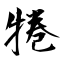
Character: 犈